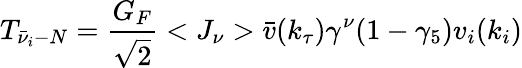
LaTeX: T_{\bar{\nu}_{i}-N}=\frac{G_{F}}{\sqrt{2}}<J_{\nu}>\bar{v}(k_{\tau})\gamma^{\nu}(1-\gamma_{5})v_{i}(k_{i})